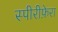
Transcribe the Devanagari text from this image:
स्पीरीफ़ेरा